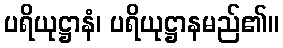
ပရိယုဋ္ဌာနံ၊ ပရိယုဋ္ဌာနမည်၏။